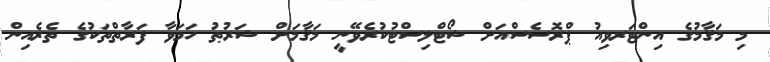
މި މަޤާމުގެ އިންޓަރވިއު ޕްރޮސެސްއަށް ޝޯޓްލިސްޓުކުރެވޭނީ މަޤާމަށް ޝަރުޠު ހަމަވާ ފަރާތްތަކުގެ ތެރެއިން